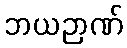
ဘယဉာဏ်